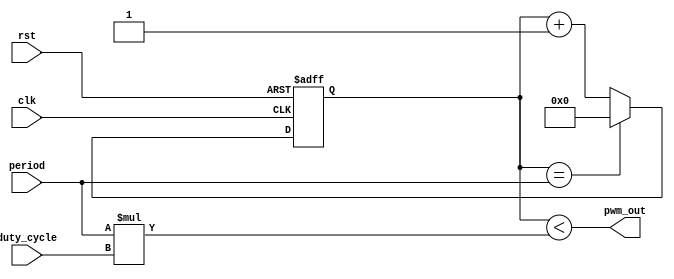
module pwm_timer(
    input wire clk,
    input wire rst,
    input wire [7:0] duty_cycle,
    input wire [15:0] period,
    output wire pwm_out
);

reg [15:0] count;
reg pwm_out_reg;

always @ (posedge clk or posedge rst) begin
    if (rst) begin
        count <= 16'b0;
        pwm_out_reg <= 1'b0;
    end else begin
        if (count == period) begin
            count <= 16'b0;
            pwm_out_reg <= ~pwm_out_reg;
        end else begin
            count <= count + 1;
        end
    end
end

assign pwm_out = count < (period * duty_cycle);

endmodule